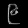
Digit: ၉